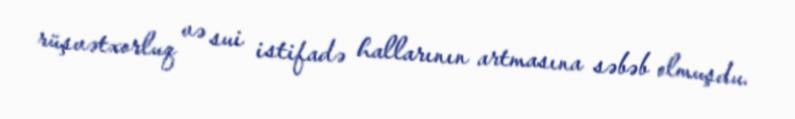
rüşvətxorluq və sui istifadə hallarının artmasına səbəb olmuşdu.